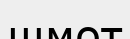
шмот